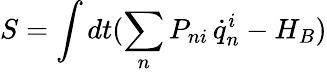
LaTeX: S=\int dt(\sum_{n}P_{ni}\, \dot{q}_{n}^{i}-H_{B})